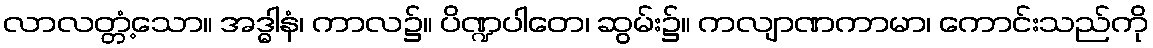
လာလတ္တံ့သော။ အဒ္ဓါနံ၊ ကာလ၌။ ပိဏ္ဍပါတေ၊ ဆွမ်း၌။ ကလျာဏကာမာ၊ ကောင်းသည်ကို